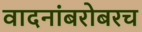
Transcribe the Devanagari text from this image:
वादनांबरोबरच